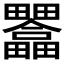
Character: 𤴇